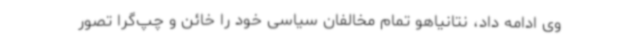
وی ادامه داد، نتانیاهو تمام مخالفان سیاسی خود را خائن و چپ‌گرا تصور